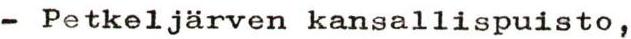
- Petkeljärven kansallispuisto,